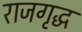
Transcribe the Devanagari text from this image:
राजगृद्ध